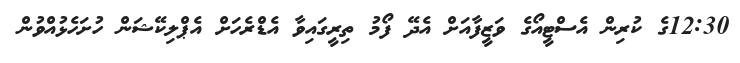
12:30ގެ ކުރިން އެސްޓީއޯގެ ވަޒީފާއަށް އެދޭ ފޯމު ތިރީގައިވާ އެޑްރެހަށް އެޕްލިކޭޝަން ހުށަހެޅުއްވުން